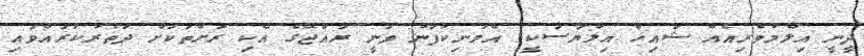
ދީނީ އިލްމުވެރިއެއް ޝައިޚް އިލްޔާސަކީ. އެމަނިކުފާނު ވަނީ ރާއްޖޭގެ އެކި ރަށްތަކަށް ދަތުރުކުރައްވައި